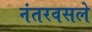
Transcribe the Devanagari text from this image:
नंतरवसले